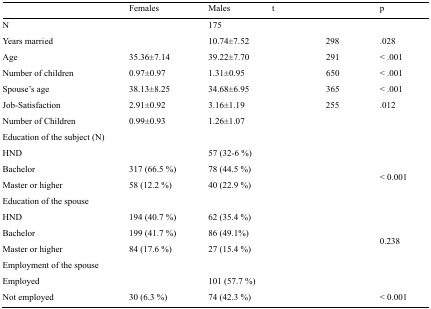
<table><thead><tr><td>[EMPTY_CELL]</td><td><b>Females</b></td><td><b>Males</b></td><td><b>t</b></td><td>[EMPTY_CELL]</td><td><b>p</b></td></tr></thead><tbody><tr><td>N</td><td>[EMPTY_CELL]</td><td>175</td><td>[EMPTY_CELL]</td><td>[EMPTY_CELL]</td><td>[EMPTY_CELL]</td></tr><tr><td>Years married</td><td>[EMPTY_CELL]</td><td>10.74±7.52</td><td>[EMPTY_CELL]</td><td>298</td><td>.028</td></tr><tr><td>Age</td><td>35.36±7.14</td><td>39.22±7.70</td><td>[EMPTY_CELL]</td><td>291</td><td>&lt; .001</td></tr><tr><td>Number of children</td><td>0.97±0.97</td><td>1.31±0.95</td><td>[EMPTY_CELL]</td><td>650</td><td>&lt; .001</td></tr><tr><td>Spouse’s age</td><td>38.13±8.25</td><td>34.68±6.95</td><td>[EMPTY_CELL]</td><td>365</td><td>&lt; .001</td></tr><tr><td>Job-Satisfaction</td><td>2.91±0.92</td><td>3.16±1.19</td><td>[EMPTY_CELL]</td><td>255</td><td>.012</td></tr><tr><td>Number of Children</td><td>0.99±0.93</td><td>1.26±1.07</td><td>[EMPTY_CELL]</td><td>[EMPTY_CELL]</td><td>[EMPTY_CELL]</td></tr><tr><td colspan="6">Education of the subject (N)</td></tr><tr><td>HND</td><td>[EMPTY_CELL]</td><td>57 (32-6 %)</td><td colspan="2" rowspan="3">[EMPTY_CELL]</td><td rowspan="3">&lt; 0.001</td></tr><tr><td>Bachelor</td><td>317 (66.5 %)</td><td>78 (44.5 %)</td></tr><tr><td>Master or higher</td><td>58 (12.2 %)</td><td>40 (22.9 %)</td></tr><tr><td colspan="6">Education of the spouse</td></tr><tr><td>HND</td><td>194 (40.7 %)</td><td>62 (35.4 %)</td><td colspan="2" rowspan="3">[EMPTY_CELL]</td><td rowspan="3">0.238</td></tr><tr><td>Bachelor</td><td>199 (41.7 %)</td><td>86 (49.1%)</td></tr><tr><td>Master or higher</td><td>84 (17.6 %)</td><td>27 (15.4 %)</td></tr><tr><td colspan="6">Employment of the spouse</td></tr><tr><td>Employed</td><td>[EMPTY_CELL]</td><td>101 (57.7 %)</td><td>[EMPTY_CELL]</td><td>[EMPTY_CELL]</td><td>[EMPTY_CELL]</td></tr><tr><td>Not employed</td><td>30 (6.3 %)</td><td>74 (42.3 %)</td><td>[EMPTY_CELL]</td><td>[EMPTY_CELL]</td><td>&lt; 0.001</td></tr></tbody></table>